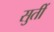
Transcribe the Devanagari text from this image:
सुतीं